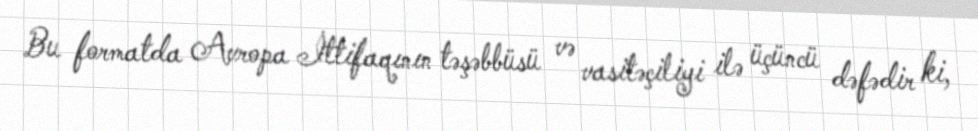
Bu formatda Avropa İttifaqının təşəbbüsü və vasitəçiliyi ilə üçüncü dəfədir ki,